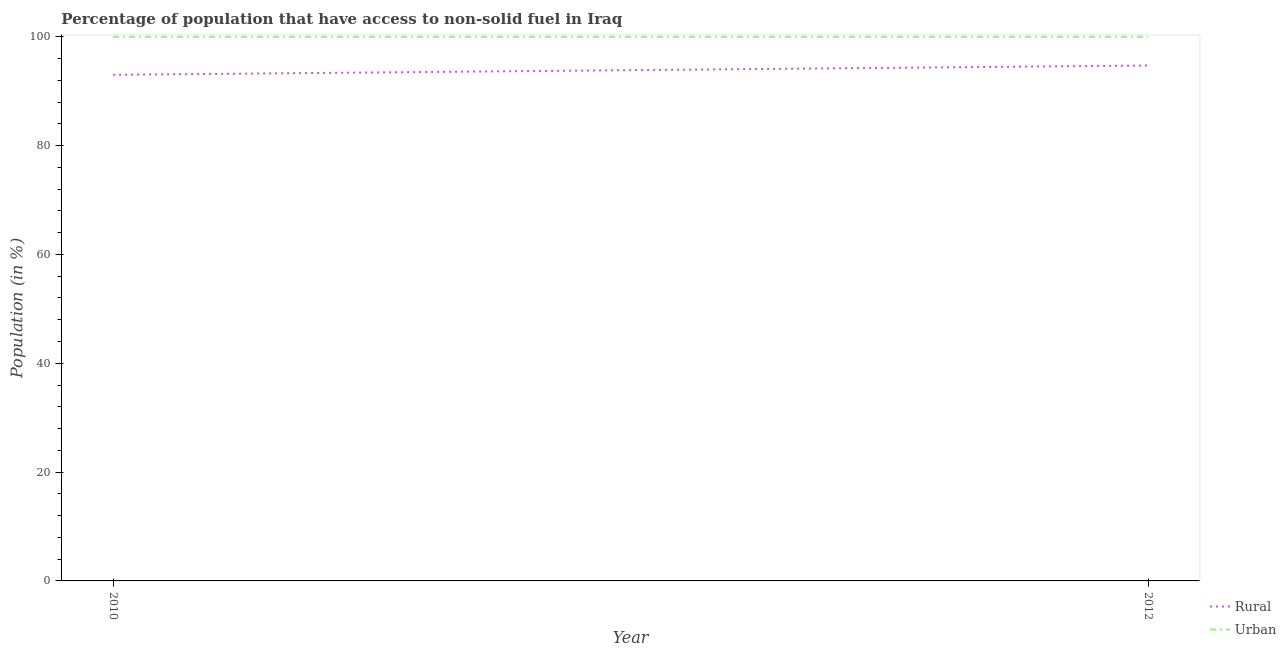
| Year | Rural | Urban |
 | --- | --- | --- |
 | 2010 | 93 | 100 |
 | 2012 | 94.7 | 100 |